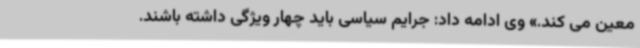
معین می کند.» وی ادامه داد: جرایم سیاسی باید چهار ویژگی داشته باشند.